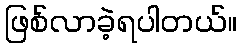
ဖြစ်လာခဲ့ရပါတယ်။